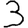
Digit: 3